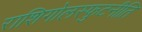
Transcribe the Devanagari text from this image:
राशिगोलस्फुटनीति